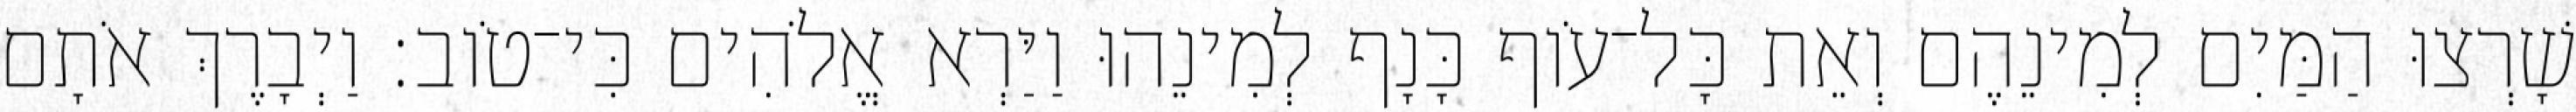
שָׁרְצוּ הַמַּיִם לְמִינֵהֶם וְאֵת כָּל־עֹוף כָּנָף לְמִינֵהוּ וַיַּרְא אֱלֹהִים כִּי־טֹוב׃ וַיְבָרֶךְ אֹתָם